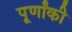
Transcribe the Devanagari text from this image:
पूर्णांकी